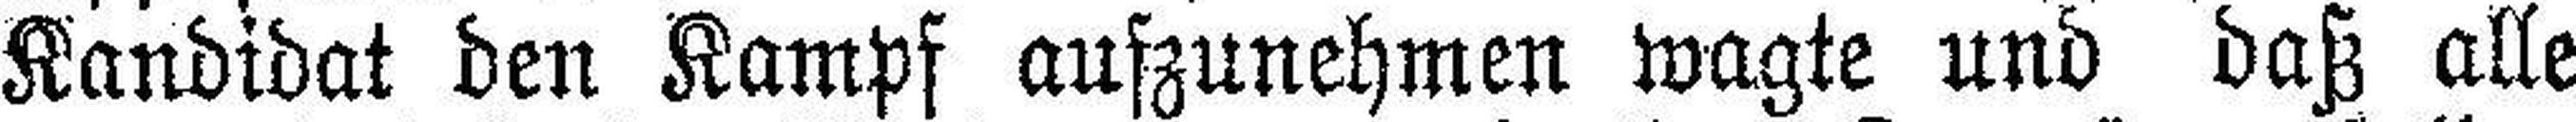
Kandidat den Kampf aufzunehmen wagte und daß alle